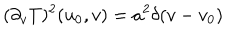
LaTeX: ( \partial _ { v } T ) ^ { 2 } ( u _ { 0 } , v ) = a ^ { 2 } \delta ( v - v _ { 0 } )